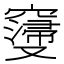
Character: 𮄝